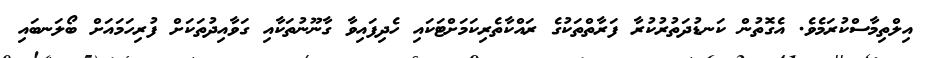
އިލްތިމާސްކުރަމެވެ. އެގޮތުން ކަނޑުދަތުރުކުރާ ފަރާތްތަކުގެ ރައްކާތެރިކަމަށްޓަކައި ހެދިފައިވާ ގާނޫނުތަކާއި ގަވާއިދުތަކަށް ފުރިހަމައަށް ބޯލަނބައި